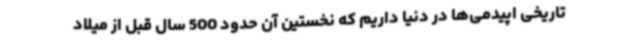
تاریخی اپیدمی‌ها در دنیا داریم که نخستین آن حدود 500 سال قبل از میلاد